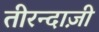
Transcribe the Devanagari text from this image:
तीरन्दाज़ी